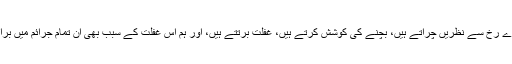
ہم عموماً اِس دوسرے رُخ سے نظریں چراتے ہیں، بچنے کی کوشش کرتے ہیں، غفلت برتتے ہیں، اور ہم اِس غفلت کے سبب بھی اِن تمام جرائم میں برابر کے شریک ہیں۔